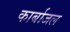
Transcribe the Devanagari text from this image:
कार्बाजल